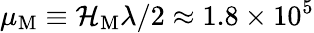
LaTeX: \mu_{\mathrm{M}}\equiv{\cal H}_{\mathrm{M}}\lambda/2\approx 1.8\times 10^{5}